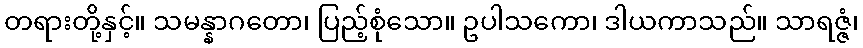
တရားတို့နှင့်။ သမန္နာဂတော၊ ပြည့်စုံသော။ ဥပါသကော၊ ဒါယကာသည်။ သာရဇ္ဇံ၊